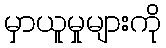
မှာယူမှုများကို